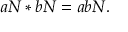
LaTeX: a N * b N = a b N .